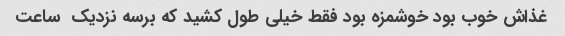
غذاش خوب بود خوشمزه بود فقط خیلی طول کشید که برسه نزدیک  ساعت